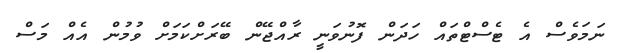
ނަމަވެސް އެ ޓެސްޓްތައް ހަދަން ފޮނުވަނީ ރާއްޖޭން ބޭރަށްކަމަށް ވުމުން އެއް މަސް